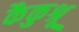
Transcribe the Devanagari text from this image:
कैकुश्रू